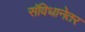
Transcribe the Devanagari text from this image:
संविधानेतर